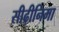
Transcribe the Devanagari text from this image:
सीढ़ीनिमा